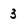
Character: 3